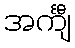
အင်္ကျီ